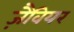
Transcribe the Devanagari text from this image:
ज़ैवियर